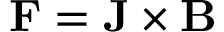
\mathbf { F } = \mathbf { J } \times \mathbf { B }